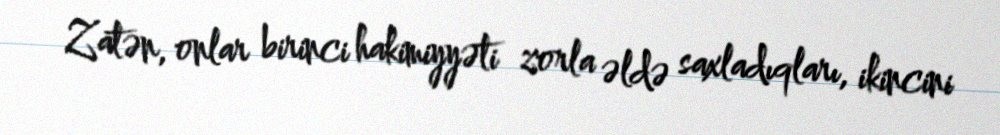
Zatən, onlar birinci hakimiyyəti zorla əldə saxladıqları, ikincini